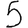
Digit: 5